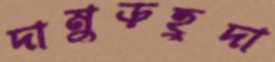
দামুড়হুদা